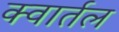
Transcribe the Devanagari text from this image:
क्वार्तल